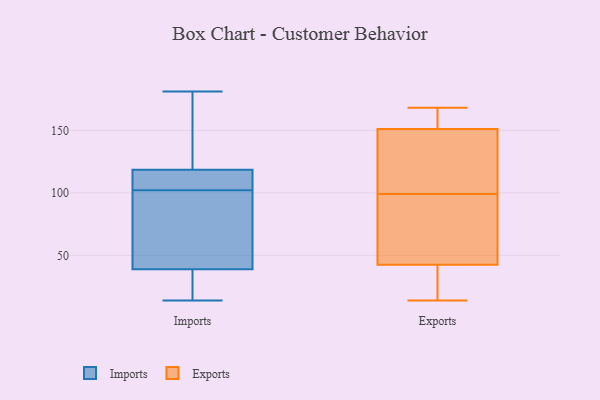
{"axis": {"x": "Conversion Rate (%)", "y": "Value"}, "legend": ["Exports", "Imports"], "data": [{"x": "", "y": 38, "type": "Imports"}, {"x": "", "y": 125, "type": "Imports"}, {"x": "", "y": 118, "type": "Imports"}, {"x": "", "y": 14, "type": "Imports"}, {"x": "", "y": 25, "type": "Imports"}, {"x": "", "y": 17, "type": "Imports"}, {"x": "", "y": 153, "type": "Imports"}, {"x": "", "y": 119, "type": "Imports"}, {"x": "", "y": 117, "type": "Imports"}, {"x": "", "y": 102, "type": "Imports"}, {"x": "", "y": 73, "type": "Imports"}, {"x": "", "y": 181, "type": "Imports"}, {"x": "", "y": 102, "type": "Imports"}, {"x": "", "y": 40, "type": "Imports"}, {"x": "", "y": 116, "type": "Imports"}, {"x": "", "y": 93, "type": "Imports"}, {"x": "", "y": 32, "type": "Exports"}, {"x": "", "y": 46, "type": "Exports"}, {"x": "", "y": 151, "type": "Exports"}, {"x": "", "y": 80, "type": "Exports"}, {"x": "", "y": 151, "type": "Exports"}, {"x": "", "y": 18, "type": "Exports"}, {"x": "", "y": 76, "type": "Exports"}, {"x": "", "y": 114, "type": "Exports"}, {"x": "", "y": 150, "type": "Exports"}, {"x": "", "y": 168, "type": "Exports"}, {"x": "", "y": 99, "type": "Exports"}, {"x": "", "y": 14, "type": "Exports"}, {"x": "", "y": 160, "type": "Exports"}]}